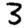
Digit: 3